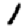
Digit: 1